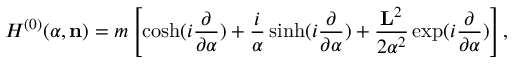
H ^ { ( 0 ) } ( { \alpha } , { \bf n } ) = m \left[ \cosh ( i \frac { \partial } { { \partial } { \alpha } } ) + \frac { i } { { \alpha } } \sinh ( i \frac { \partial } { { \partial } { \alpha } } ) + \frac { { \bf L } ^ { 2 } } { 2 { \alpha } ^ { 2 } } \exp ( i \frac { \partial } { { \partial } { \alpha } } ) \right] ,